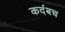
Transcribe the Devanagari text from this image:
कदंबच